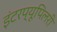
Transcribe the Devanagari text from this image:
इंटरप्यूपिलरी